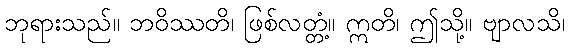
ဘုရားသည်။ ဘဝိဿတိ၊ ဖြစ်လတ္တံ့။ ဣတိ၊ ဤသို့။ ဗျာလသိ၊